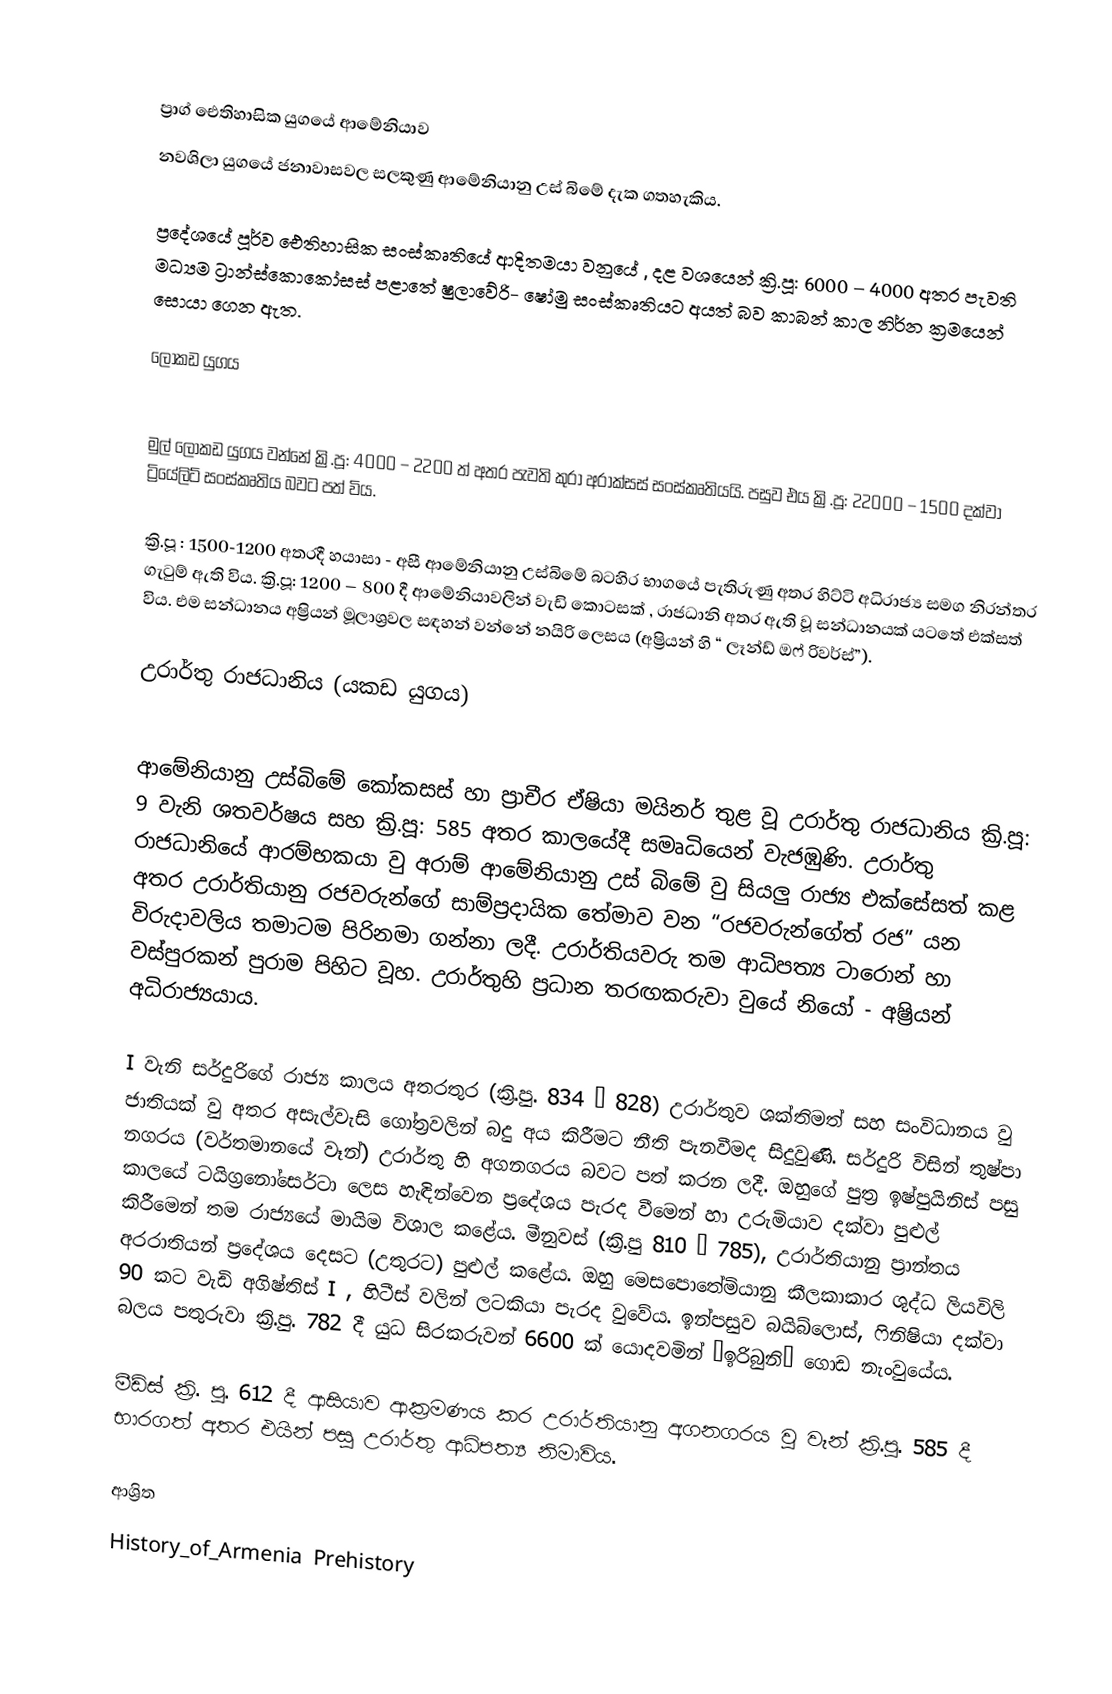

ප්‍රාග් ඓතිහාසික යුගයේ ආමේනියාව
නවශිලා යුගයේ ජනාවාසවල සලකුණු ආමේනියානු උස් බිමේ දැක ගතහැකිය.

ප්‍රදේශයේ පූර්ව ඓතිහාසික සංස්කෘතියේ ආදිතමයා වනුයේ , දළ වශයෙන් ක්‍රි.පූ: 6000 – 4000 අතර පැවති මධ්‍යම ට්‍රාන්ස්කොකෝසස් පළාතේ ෂුලාවේරි- ෂෝමු සංස්කෘතියට අයත් බව කාබන් කාල නිර්න ක්‍රමයෙන් සොයා ගෙන ඇත.

ලෝකඩ යුගය

මුල් ලෝකඩ යුගය වන්නේ ක්‍රි.පූ: 4000 – 2200 ත් අතර පැවති කුරා අරාක්සස් සංස්කෘතියයි. පසුව එය ක්‍රි.පූ: 22000 – 1500 දක්වා ට්‍රියේලිට් සංස්කෘතිය බවට පත් විය.

ක්‍රි.පූ : 1500-1200 අතරදී හයාසා - අසී ආමේනියානු උස්බිමේ බටහිර භාගයේ පැතිරුණු අතර හිට්ටි අධිරාජ්‍ය සමග නිරන්තර ගැටුම් ඇති විය. ක්‍රි.පූ: 1200 – 800 දී ආමේනියාවලින් වැඩි කොටසක් , රාජධානි අතර ඇති වූ සන්ධානයක් යටතේ එක්සත් විය. එම සන්ධානය අෂ්‍රියන් මූලාශ්‍රවල සඳහන් වන්නේ නයිරි ලෙසය (අෂ්‍රියන් හි “ ලෑන්ඩ් ඔෆ් රිවර්ස්”).

උරාර්තු රාජධානිය (යකඩ යුගය)

ආමේනියානු උස්බිමේ කෝකසස් හා ප්‍රාචීර ඒෂියා මයිනර් තුළ වූ උරාර්තු රාජධානිය ක්‍රි.පූ: 9 වැනි ශතවර්ෂය සහ ක්‍රි.පූ: 585 අතර කාලයේදී සමෘධියෙන් වැජඹුණි. උරාර්තු රාජධානියේ ආරම්භකයා වු අරාම් ආමේනියානු උස් බිමේ වු සියලු රාජ්‍ය එක්සේසත් කළ අතර උරාර්තියානු රජවරුන්ගේ සාම්ප්‍රදායික තේමාව වන “රජවරුන්ගේත් රජ” යන විරුදාවලිය තමාටම පිරිනමා ගන්නා ලදී. උරාර්තියවරු තම ආධිපත්‍ය ටාරොන් හා වස්පුරකන් පුරාම පිහිට වූහ. උරාර්තුහි ප්‍රධාන තරඟකරුවා වුයේ නියෝ - අෂ්‍රියන් අධිරාජ්‍යයාය.

I වැනි සර්දුරිගේ රාජ්‍ය කාලය අතරතුර (ක්‍රි.පු. 834 – 828) උරාර්තුව ශක්තිමත් සහ සංවිධානය වු ජාතියක් වු අතර අසැල්වැසි ගෝත්‍රවලින් බදු අය කිරීමට නීති පැනවීමද සිදුවුණි. සර්දුරි විසින් තුෂ්පා නගරය (වර්තමානයේ වෑන්) උරාර්තු හි අගනගරය බවට පත් කරන ලදී. ඔහුගේ පුත්‍ර ඉෂ්පුයිනිස් පසු කාලයේ ටයිග්‍රනෝසෙර්ටා ලෙස හැඳින්වෙන ප්‍රදේශය පැරද වීමෙන් හා උරුමියාව දක්වා පුළුල් කිරීමෙන් තම රාජ්‍යයේ මායිම විශාල කළේය. මීනුවස් (ක්‍රි.පු 810 – 785), උරාර්තියානු ප්‍රාන්තය අරරාතියන් ප්‍රදේශය දෙසට (උතුරට) පුළුල් කළේය. ඔහු මෙසපොතේමියානු කීලකාකාර ශුද්ධ ලියවිලි 90 කට වැඩි අගිෂ්තිස් I , හිටීස් වලින් ලටකියා පැරද වුවේය.  ඉන්පසුව බයිබ්ලොස්, ෆිනිෂියා දක්වා බලය පතුරුවා ක්‍රි.පු. 782 දී යුධ සිරකරුවන් 6600 ක් යොදවමින් “ඉරිබුනි” ගොඩ නැංවුයේය.

මීඩ්ස් ක්‍රි. පු. 612 දී ආසියාව ආක්‍රමණය කර උරාර්තියානු අගනගරය වු වෑන් ක්‍රි.පු. 585 දී භාරගත් අතර එයින් පසු උරාර්තු ආධිපත්‍ය නිමාවිය.

ආශ්‍රිත
History_of_Armenia Prehistory